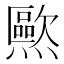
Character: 𰟱